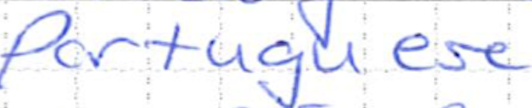
Text: Portuguese
Cross-out: clean
Writing tool: ballpoint